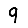
Digit: 9